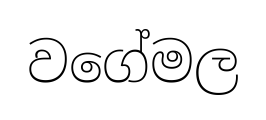
වගේමල